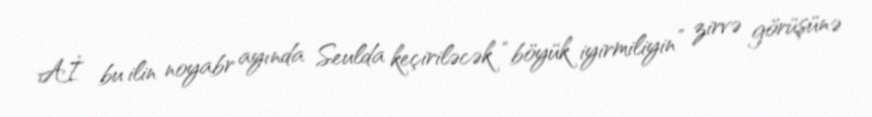
Aİ bu ilin noyabr ayında Seulda keçiriləcək “böyük iyirmiliyin” zirvə görüşünə